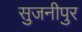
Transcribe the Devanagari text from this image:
सुजनीपुर